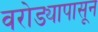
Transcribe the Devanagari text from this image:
वरोड्यापासून